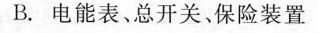
B.电能表、总开关、保险装置